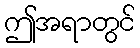
ဤအရာတွင်